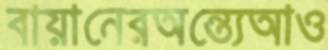
বায়ানেরঅন্ত্যেআও